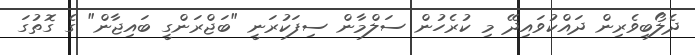
ދެލޯބިވެރިން ދައްކުވައިދޭ މި ކުރެހުން ސަލްމާން ސިފަކުރަނީ "ބަޖްރަންގީ ބައިޖާން" ގެ ގޮތުގަ